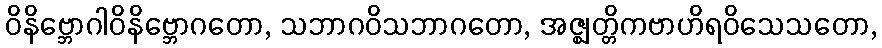
ဝိနိဗ္ဘောဂါဝိနိဗ္ဘောဂတော, သဘာဂဝိသဘာဂတော, အဇ္ဈတ္တိကဗာဟိရဝိသေသတော,